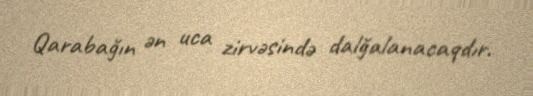
Qarabağın ən uca zirvəsində dalğalanacaqdır.